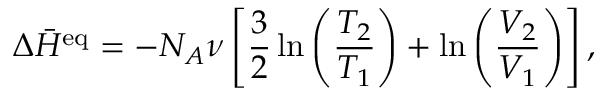
\Delta \bar { H } ^ { \mathrm { e q } } = - N _ { A } \nu \left[ \frac { 3 } { 2 } \ln \left( \frac { T _ { 2 } } { T _ { 1 } } \right) + \ln \left( \frac { V _ { 2 } } { V _ { 1 } } \right) \right] ,